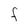
Character: F